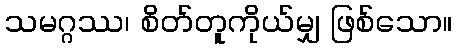
သမဂ္ဂဿ၊ စိတ်တူကိုယ်မျှ ဖြစ်သော။